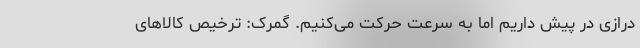
درازی در پیش داریم اما به سرعت حرکت می‌کنیم. گمرک: ترخیص کالاهای